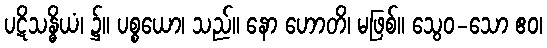
ပဋိသန္ဓိယံ၊ ၌။ ပစ္စယော၊ သည်။ နော ဟောတိ၊ မဖြစ်။ သွေဝ-သော ဧဝ၊